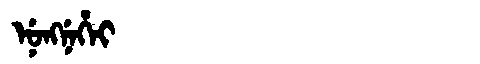
Manchu: ᠨᡠᠩᠨᡝᡥᡝᡳ
Romanization: NUNGNEHEI